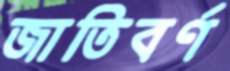
জাতিবর্ণ